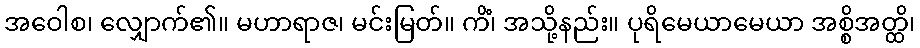
အဝေါစ၊ လျှောက်၏။ မဟာရာဇ၊ မင်းမြတ်။ ကိံ၊ အသို့နည်း။ ပုရိမေယာမေယာ အစ္စိအတ္ထိ၊